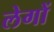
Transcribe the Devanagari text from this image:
लेगों